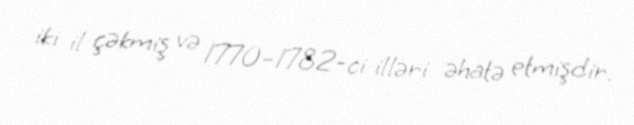
iki il çəkmiş və 1770–1782-ci illəri əhatə etmişdir.